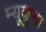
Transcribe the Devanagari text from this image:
म्यूकुना